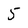
Character: 5